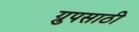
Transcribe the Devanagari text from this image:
ग्रुपसाठी